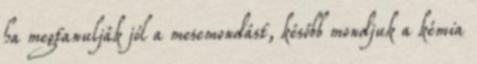
ha megtanulják jól a mesemondást, később mondjuk a kémia